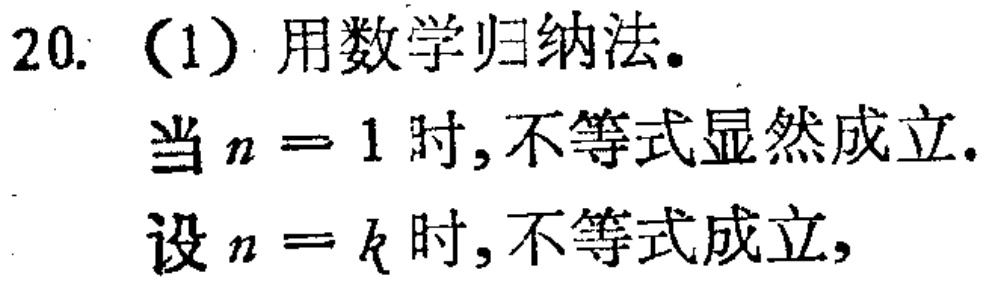
20. （1）用数学归纳法。
当\(n = 1\)时,不等式显然成立.
设\(n = k\)时,不等式成立,